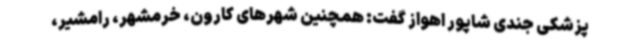
پزشکی جندی شاپور اهواز گفت: همچنین شهرهای کارون، خرمشهر، رامشیر،